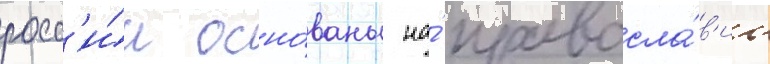
росс'и́и осно́ваны на́ правосла́в'ии